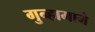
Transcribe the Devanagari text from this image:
गुन्हामागे